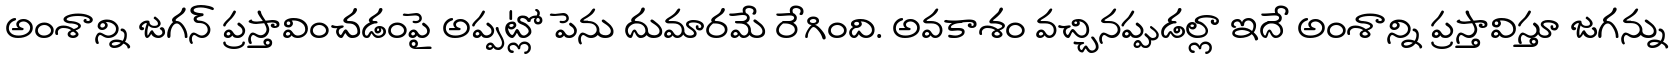
అంశాన్ని జగన్ ప్రస్తావించడంపై అప్పట్లో పెను దుమారమే రేగింది. అవకాశం వచ్చినప్పుడల్లా ఇదే అంశాన్ని ప్రస్తావిస్తూ జగన్ను